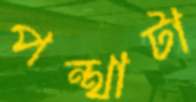
পন্থাটা